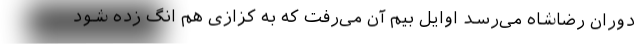
دوران رضاشاه می‌رسد اوایل بیم آن می‌رفت که به کزازی هم انگ زده شود